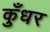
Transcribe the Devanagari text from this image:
कुँधर